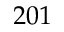
2 0 1